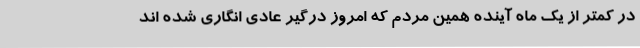
در کمتر از یک ماه آینده همین مردم که امروز درگیر عادی انگاری شده اند